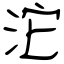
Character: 沱